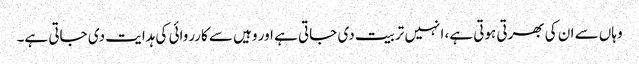
وہاں سے ان کی بھرتی ہوتی ہے، انہیں تربیت دی جاتی ہے اور وہیں سے کارروائی کی ہدایت دی جاتی ہے۔